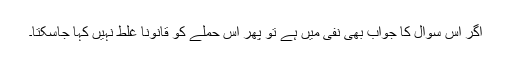
اگر اس سوال کا جواب بھی نفی میں ہے تو پھر اس حملے کو قانوناً غلط نہیں کہا جاسکتا۔